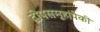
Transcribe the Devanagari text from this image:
द्वीपसमूहांपैकी